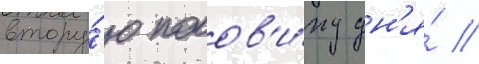
втору́ю полов'и́ну дн'я́ //